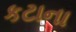
કટાના